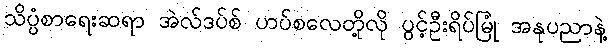
သိပ္ပံစာရေးဆရာ အဲလ်ဒပ်စ် ဟပ်စလေတို့လို ပွင့်ဦးရိပ်မြုံ အနုပညာနဲ့